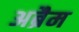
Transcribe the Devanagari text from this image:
अब्रैम